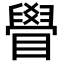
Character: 䁷